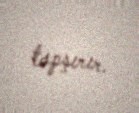
tapşırır.